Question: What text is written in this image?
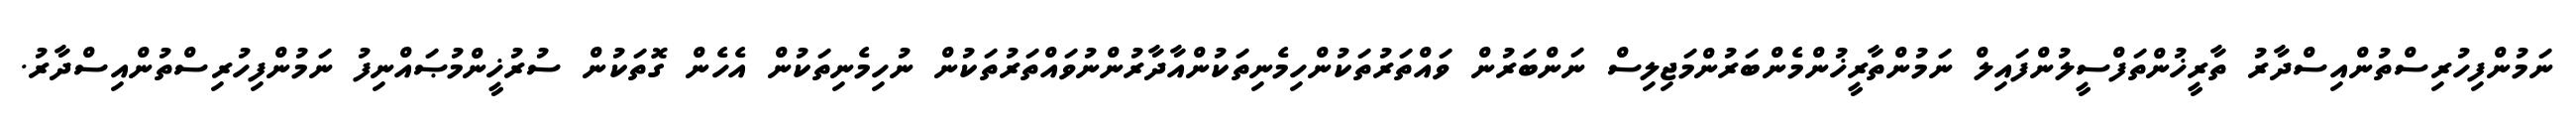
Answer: ނަމުންފިހުރިސްތުންއިސްދާރު ތާރީޚުންތަފްސީލުންފައިލް ނަމުންތާރީޚުންމެންބަރުންމަޖިލިސް ނަންބަރުން ވައްތަރުތަކުންހިމެނިތަކުންއާދާރުންނުވައްތަރުތަކުން ނުހިމެނިތަކުން އެހެން ގޮތަކުން ސުރުޚީންމުޞައްނިފު ނަމުންފިހުރިސްތުންއިސްދާރު.